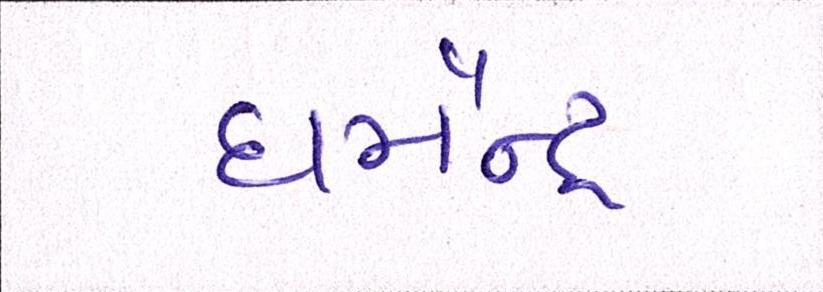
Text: ધર્મેન્દ્ર